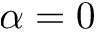
\alpha = 0